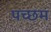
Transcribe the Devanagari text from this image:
पच्छम